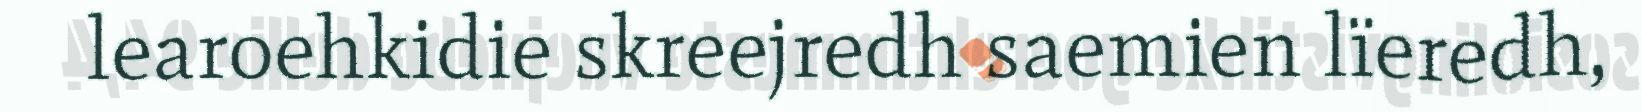
learoehkidie skreejredh saemien lïeredh,